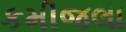
કમીજલા